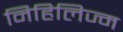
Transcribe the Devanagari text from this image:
निहिलिज्म